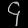
Digit: ၄